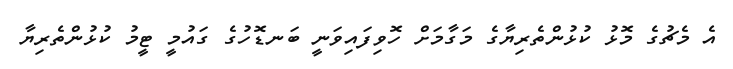
އެ މެޗުގެ މޮޅު ކުޅުންތެރިޔާގެ މަގާމަށް ހޮވިފައިވަނީ ބަނޑޮހުގެ ގައުމީ ޓީމު ކުޅުންތެރިޔާ